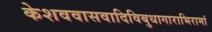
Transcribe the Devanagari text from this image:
केशववासवादिविबुधागाराभिरामां